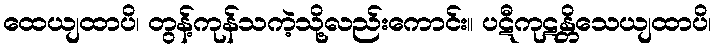
ထေယျထာပိ၊ တွန့်ကုန်သကဲ့သို့လည်းကောင်း။ ပဋီကုဋန္တိသေယျထာပိ၊